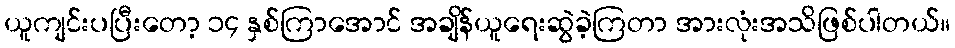
ယူကျင်းပပြီးတော့ ၁၄ နှစ်ကြာအောင် အချိန်ယူရေးဆွဲခဲ့ကြတာ အားလုံးအသိဖြစ်ပါတယ်။